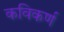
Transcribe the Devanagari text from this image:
कविकर्ण